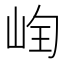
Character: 𡷄